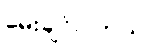
မေးချင်ပါတယ်။